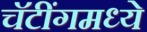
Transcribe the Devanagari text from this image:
चॅटींगमध्ये